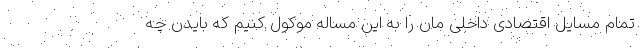
تمام مسایل اقتصادی داخلی مان را به این مساله موکول کنیم که بایدن چه